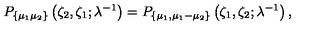
P _ { \{ \mu _ { 1 } \mu _ { 2 } \} } \left( \zeta _ { 2 } , \zeta _ { 1 } ; \lambda ^ { - 1 } \right) = P _ { \{ \mu _ { 1 } , \mu _ { 1 } - \mu _ { 2 } \} } \left( \zeta _ { 1 } , \zeta _ { 2 } ; \lambda ^ { - 1 } \right) ,